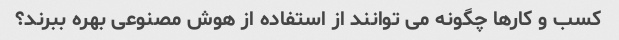
کسب و کارها چگونه می توانند از استفاده از هوش مصنوعی بهره ببرند؟